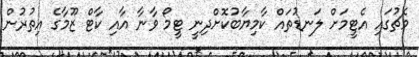
މެޗުގައި އެޓީމަށް ލަނޑުތައް ކާމިޔާބުކޮށްދިނީ ޓީމޯ ވާނާ އާއި ކާޓް ޒޫމާގެ އިތުރުން